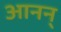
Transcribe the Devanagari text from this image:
आनन्